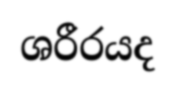
ශරීරයද